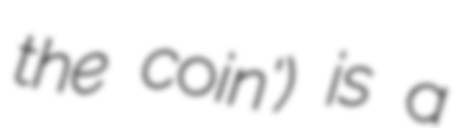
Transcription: the coin') is a